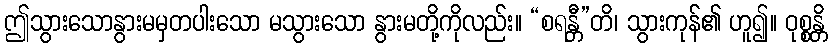
ဤသွားသောနွားမမှတပါးသော မသွားသော နွားမတို့ကိုလည်း။ “စရန္တီ”တိ၊ သွားကုန်၏ ဟူ၍။ ဝုစ္စန္တိ